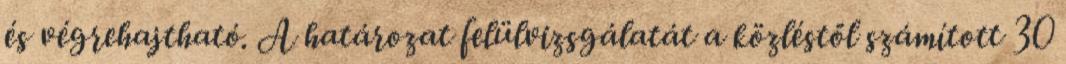
és végrehajtható. A határozat felülvizsgálatát a közléstől számított 30